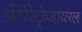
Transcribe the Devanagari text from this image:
अँटीरेट्रोव्हायरल